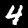
Digit: 4